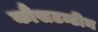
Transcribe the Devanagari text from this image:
कौंसटन्टीन